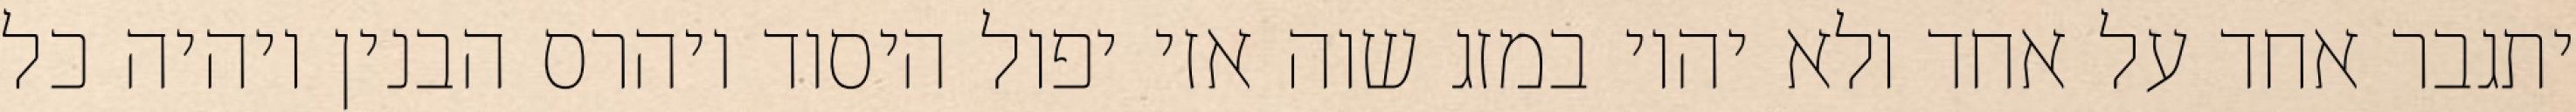
יתגבר אחד על אחד ולא יהיו במזג שוה אזי יפול היסוד ויהרס הבנין ויהיה כל